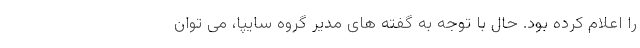
را اعلام کرده بود. حال با توجه به گفته های مدیر گروه سایپا، می توان